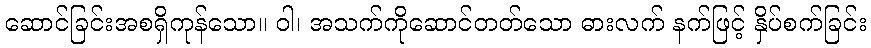
ဆောင်ခြင်းအစရှိကုန်သော။ ဝါ၊ အသက်ကိုဆောင်တတ်သော ဓားလက် နက်ဖြင့် နှိပ်စက်ခြင်း